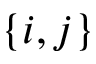
\{ i , j \}